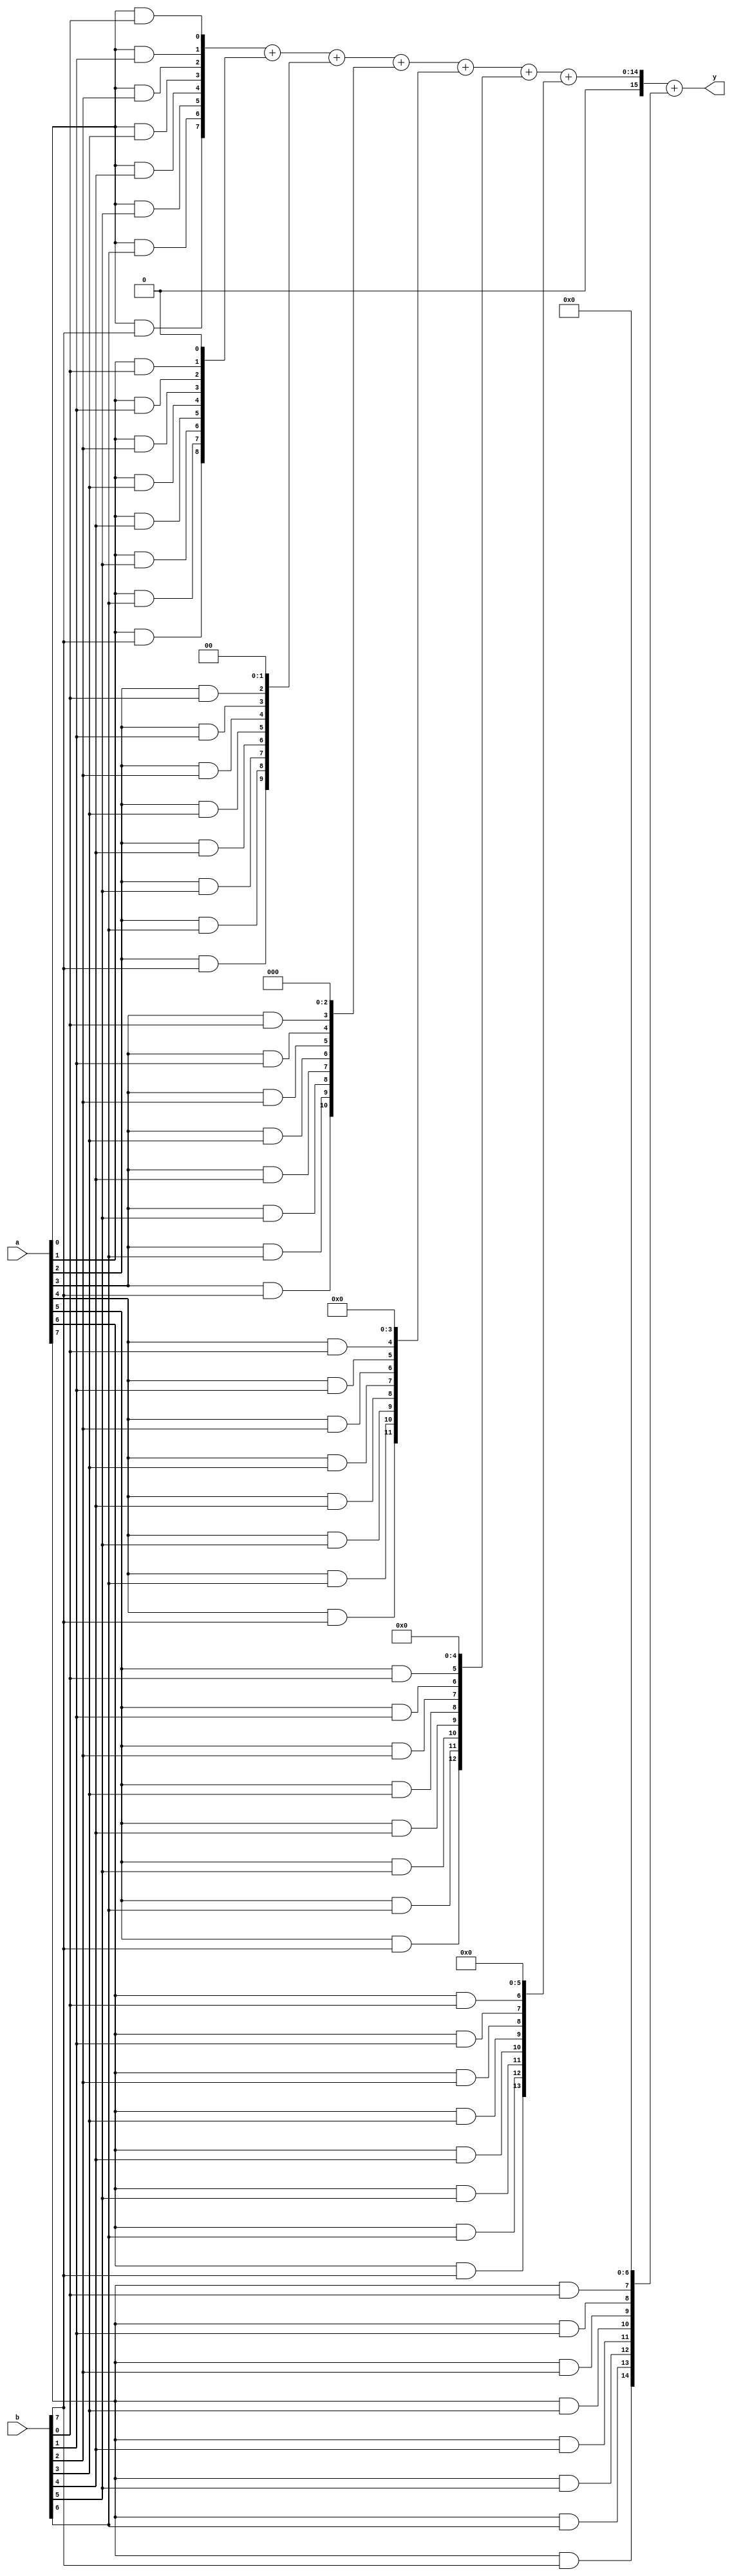
module mul8_v8 (input [7:0] a,b, output [15:0] y);

	genvar i,j;
	wire [7:0]p[0:7];
	//wire [7:0] p[0];
	//wire [7:0] p[1]
	//wire [7:0] p[2]
	//wire [7:0] p[3]
	//wire [7:0] p[4]..
	
	
	//the block outside the alwaus is generator block
	
	for(i=0;i<8;i=i+1)	begin
		for (j=0;j<8;j=j+1) begin
			and Gij	(p[i][j],a[i],b[j]);
		end
	end
	
	
	wire [14:0] R[0:7];;
	
	for(i=0;i<8;i=i+1) begin
		assign R[i]=p[i]<<i;
	end
	
	// making a genrator for addition of R[i]
	//make the size 1 bit extra than r as a carry migh generate
	
	wire [15:0] S[0:7];
	
	for(i=0;i<8;i=i+1) begin
		if(i==0)		assign S[i]=R[i];			//S[0]=R[0];
		else if (i==7)	assign y=S[i-1]+R[i];		//y=S[7]; S[7]=S[6]+R[7];
		else			assign S[i]=S[i-1]+R[i];	//i=1,2,3,...6
											/*
												 S[1]=S[0]+R[1];
												 S[2]=S[1]+R[2];
												 S[3]=S[2]+R[3];
												 S[4]=S[3]+R[4];
												 S[5]=S[4]+R[5];
												 S[6]=S[5]+R[6];
											*/
	end
	
	
	
endmodule